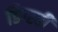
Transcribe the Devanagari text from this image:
डिग्स्बी